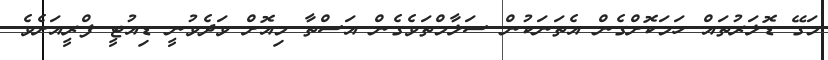
މަގޭ ޑޮލަރުތައް ހަމަކޮށްގެން އެތަނަކުން ސަލާމްތަވެގެން އަސްތާ މިއޮށް ވަދެވުނީ ޑިއުޓީ ފްރީއަށެވެ.